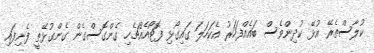
ކުލާސްތެރޭ އުޅޭ ކުދިންވެސް ބައެއްފަހަރު އެކަހަލަ ގައިގޯޅި ފޮޓޯއެއްޗެހި ގެންގޮސްގެން ގެންގުޅޭތީ ފެނިފައި